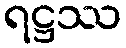
ရဋ္ဌဿ